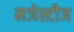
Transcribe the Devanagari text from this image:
मजेस्टीज